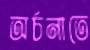
অর্চনাতে